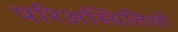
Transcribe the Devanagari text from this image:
परिअस्थितियों